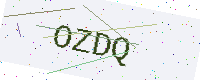
Text: OZDQ